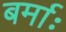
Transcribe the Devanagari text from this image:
बर्माः